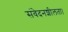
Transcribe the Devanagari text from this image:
संवेदनशीलता।